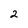
Character: 2